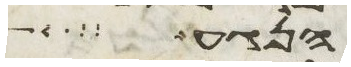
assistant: הנגע